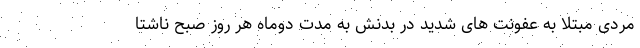
مردی مبتلا به عفونت های شدید در بدنش به مدت دوماه هر روز صبح ناشتا